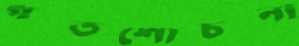
গতশোচনা